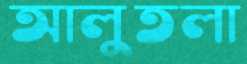
আলুতলা